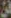
فن